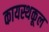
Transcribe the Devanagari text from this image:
कायस्थकूल